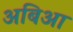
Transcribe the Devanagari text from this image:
अबिआ